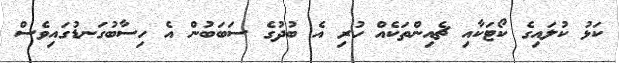
ކަޅު ކުލައިގެ ކޯޓަކާއި ޗެއިންތަކެއް ހުރި އެ ބުދުގެ ސަބަބުން އެ ހިސާބުގަނޑުގައިވެސް